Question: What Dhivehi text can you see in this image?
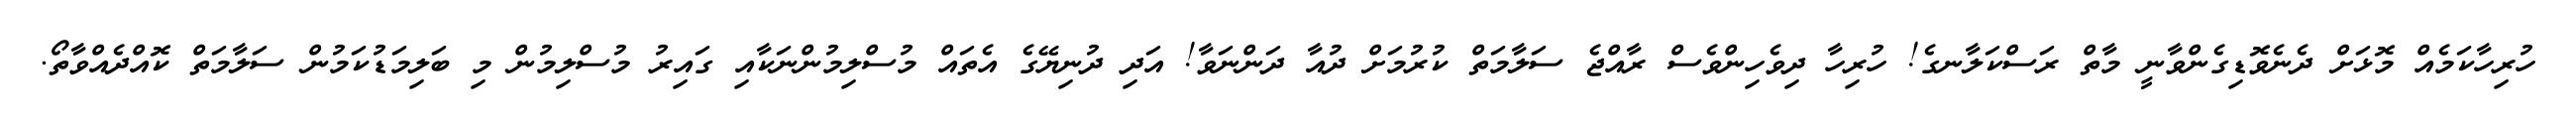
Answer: ހުރިހާކަމެއް މޮޅަށް ދެނެވޮޑިގެންވާނީ މާތް ރަސްކަލާނގެ! ހުރިހާ ދިވެހިންވެސް ރާއްޖެ ސަލާމަތް ކުރުމަށް ދުއާ ދަންނަވާ! އަދި ދުނިޔޭގެ އެތައް މުސްލިމުންނަކާއި ގައިރު މުސްލިމުން މި ބަލިމަޑުކަމުން ސަލާމަތް ކޮއްދެއްވާތޯ.